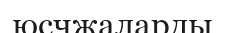
юсчжаларды